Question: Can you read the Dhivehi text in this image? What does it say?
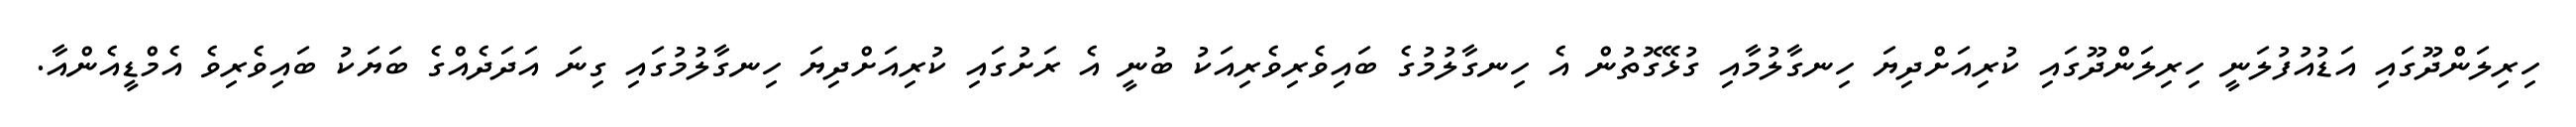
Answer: ހިރިލަންދޫގައި އަޑުއުފުލަނީ ހިރިލަންދޫގައި ކުރިއަށްދިޔަ ހިނގާލުމާއި ގުޅޭގޮތުން އެ ހިނގާލުމުގެ ބައިވެރިވެރިއަކު ބުނީ އެ ރަށުގައި ކުރިއަށްދިޔަ ހިނގާލުމުގައި ގިނަ އަދަދެއްގެ ބަޔަކު ބައިވެރިވެ އެމްޑީއެންއާ.